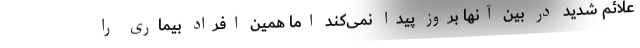
علائم شدید در بین آنها بروز پیدا نمی‌کند اما همین افراد بیماری را